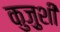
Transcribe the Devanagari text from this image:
कुज़ुशी